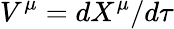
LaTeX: V^{\mu}=dX^{\mu}/d\tau